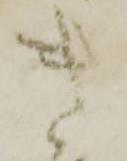
き